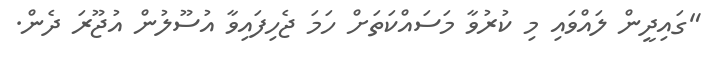
"ގައިދީން ލައްވައި މި ކުރުވާ މަސައްކަތަށް ހަމަ ޖެހިފައިވާ އުސޫލުން އުޖޫރަ ދެން.